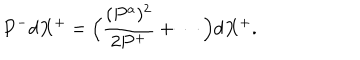
LaTeX: P ^ { - } d X ^ { + } = \Big ( { \frac { ( P ^ { a } ) ^ { 2 } } { 2 P ^ { + } } } + \cdots \Big ) d X ^ { + } .